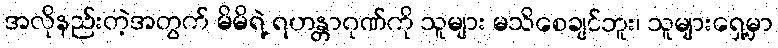
အလိုနည်းတဲ့အတွက် မိမိရဲ့ ရဟန္တာဂုဏ်ကို သူများ မသိစေချင်ဘူး၊ သူများရှေ့မှာ